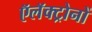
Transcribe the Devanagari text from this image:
ऍलॅक्ट्रोनों